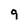
Character: 9